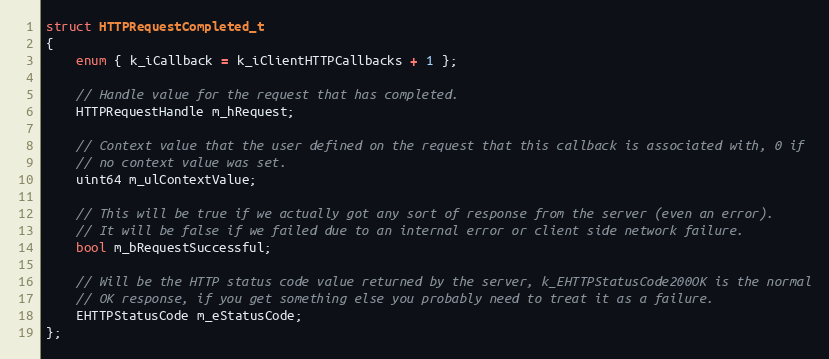
Language: C
struct HTTPRequestCompleted_t
{
	enum { k_iCallback = k_iClientHTTPCallbacks + 1 };

	// Handle value for the request that has completed.
	HTTPRequestHandle m_hRequest;

	// Context value that the user defined on the request that this callback is associated with, 0 if
	// no context value was set.
	uint64 m_ulContextValue;

	// This will be true if we actually got any sort of response from the server (even an error).
	// It will be false if we failed due to an internal error or client side network failure.
	bool m_bRequestSuccessful;

	// Will be the HTTP status code value returned by the server, k_EHTTPStatusCode200OK is the normal
	// OK response, if you get something else you probably need to treat it as a failure.
	EHTTPStatusCode m_eStatusCode;
};